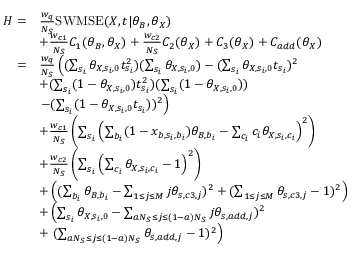
\begin{array} { r l } { H = } & { \frac { w _ { q } } { N _ { S } } \mathrm { S W M S E } ( \boldsymbol { X } , \boldsymbol { t } | \boldsymbol { \theta } _ { B } , \boldsymbol { \theta } _ { X } ) } \\ & { + \frac { w _ { c 1 } } { N _ { S } } C _ { 1 } ( \boldsymbol { \theta } _ { B } , \boldsymbol { \theta } _ { X } ) + \frac { w _ { c 2 } } { N _ { S } } C _ { 2 } ( \boldsymbol { \theta } _ { X } ) + C _ { 3 } ( \boldsymbol { \theta } _ { X } ) + C _ { a d d } ( \boldsymbol { \theta } _ { X } ) } \\ { = } & { \frac { w _ { q } } { N _ { S } } \left( ( \sum _ { s _ { i } } \theta _ { X , s _ { i } , 0 } t _ { s _ { i } } ^ { 2 } ) ( \sum _ { s _ { i } } \theta _ { X , s _ { i } , 0 } ) - ( \sum _ { s _ { i } } \theta _ { X , s _ { i } , 0 } t _ { s _ { i } } ) ^ { 2 } \right. } \\ & { + ( \sum _ { s _ { i } } ( 1 - \theta _ { X , s _ { i } , 0 } ) t _ { s _ { i } } ^ { 2 } ) ( \sum _ { s _ { i } } ( 1 - \theta _ { X , s _ { i } , 0 } ) ) } \\ & { \left. - ( \sum _ { s _ { i } } ( 1 - \theta _ { X , s _ { i } , 0 } t _ { s _ { i } } ) ) ^ { 2 } \right) } \\ & { + \frac { w _ { c 1 } } { N _ { S } } \left( \sum _ { s _ { i } } \left( \sum _ { b _ { i } } ( 1 - x _ { b , s _ { i } , b _ { i } } ) \theta _ { B , b _ { i } } - \sum _ { c _ { i } } c _ { i } \theta _ { X , s _ { i } , c _ { i } } \right) ^ { 2 } \right) } \\ & { + \frac { w _ { c 2 } } { N _ { S } } \left( \sum _ { s _ { i } } \left( \sum _ { c _ { i } } \theta _ { X , s _ { i } , c _ { i } } - 1 \right) ^ { 2 } \right) } \\ & { + \left( ( \sum _ { b _ { i } } \theta _ { B , b _ { i } } - \sum _ { 1 \le j \le M } j \theta _ { s , c 3 , j } ) ^ { 2 } + ( \sum _ { 1 \le j \le M } \theta _ { s , c 3 , j } - 1 ) ^ { 2 } \right) } \\ & { + \left( \sum _ { s _ { i } } \theta _ { X , s _ { i } , 0 } - \sum _ { a N _ { S } \le j \le ( 1 - a ) N _ { S } } j \theta _ { s , a d d , j } ) ^ { 2 } \right. } \\ & { + \left. ( \sum _ { a N _ { S } \le j \le ( 1 - a ) N _ { S } } \theta _ { s , a d d , j } - 1 ) ^ { 2 } \right) } \end{array}